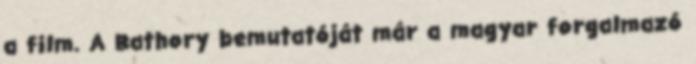
a film. A Bathory bemutatóját már a magyar forgalmazó